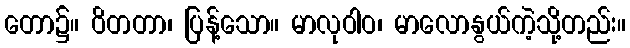
တော၌။ ဝိတတာ၊ ပြန့်သော။ မာလုဝါဝ၊ မာလောနွယ်ကဲ့သို့တည်း။